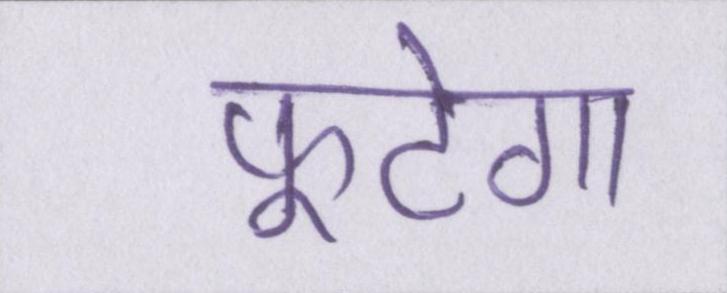
फूटेगा